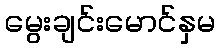
မွေးချင်းမောင်နှမ